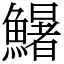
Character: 鱪